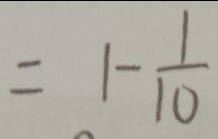
= 1 - \frac { 1 } { 1 0 }